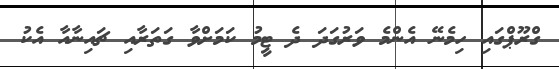
ގްރޫޕްގައި ހިމެނޭ އެންމެ ވަރުގަދަ ދެ ޓީމު ކަމަށްވާ ގަތަރާއި ޗައިނާއާ އެކު